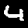
Digit: 4